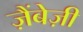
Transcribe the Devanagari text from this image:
ज़ैंबेज़ी